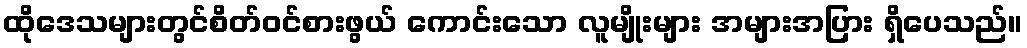
ထိုဒေသများတွင်စိတ်ဝင်စားဖွယ် ကောင်းသော လူမျိုးများ အများအပြား ရှိပေသည်။